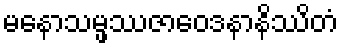
မနောသမ္ဖဿဇာဝေဒနာနိဿိတံ